Code of medical and sanitary regulations for the guidance of medical officers serving in the Madras Presidency - Volume II
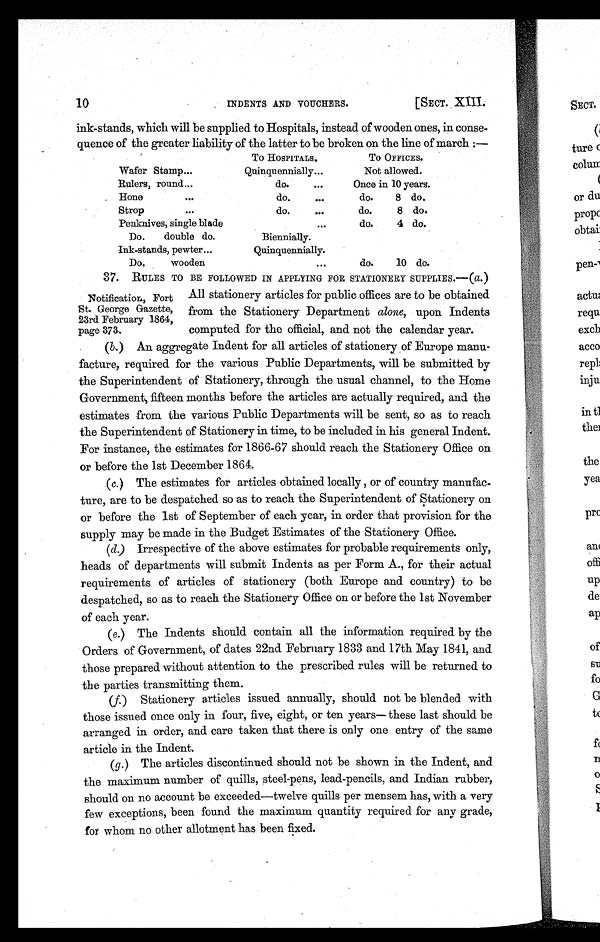
10
INDENTS AND VOUCHERS.
[SECT. XIII.
ink-stands, which will be supplied to Hospitals, instead of wooden ones, in conse-
quence of the greater liability of the latter to be broken on the line of march :—
To HOSPITALS.
To OFFICES.
Wafer Stamp...
Quinquennially...
Not allowed.
Rulers, round...
do.
, . .
Once in 10 years.
Hone
. . .
do.
. . .
do. 8 do.
Strop
...
do.
...
do.
8 do.
Penknives, single blade
...
d o 4 do.
Do. double do.
Biennially.
Ink-stands, pewter...
Quinquennially.
Do.
wooden
. . .
do.
10 do.
37. RULES TO BE FOLLOWED IN APPLYING FOR STATIONERY SUPPLIES.—( a.)
All stationery articles for public offices are to be obtained
from the Stationery Department alone, upon Indents
computed for the official, and not the calendar year.
(b.) An aggregate Indent for all articles of stationery of Europe manu-
facture, required for the various Public Departments, will be submitted by
the Superintendent of Stationery, through the usual channel, to the Home
Government, fifteen months before the articles are actually required, and the
estimates from the various Public Departments will be sent, so as to reach
the Superintendent of Stationery in time, to be included in his general Indent.
For instance, the estimates for 1866-67 should reach the Stationery Office on
or before the 1st December 1864.
(c.)The estimates for articles obtained locally , or of country manufac-
ture, are to be despatched so as to reach the Superintendent of Stationery on
or before the 1st of September of each year, in order that provision for the
supply may be made in the Budget Estimates of the Stationery Office.
(d.)Irrespective of the above estimates for probable requirements only,
heads of departments will submit Indents as per Form A., for their actual
requirements of articles of stationery (both Europe and country) to be
despatched, so as to reach the Stationery Office on or before the 1st November
of each year.
(e.)The Indents should contain all the information required by the
Orders of Government, of dates 22nd February 1833 and 17th May 1841, and
those prepared without attention to the prescribed rules will be returned to
the parties transmitting them.
(f.)Stationery articles issued annually, should not be blended with
those issued once only in four, five, eight, or ten years— these last should be
arranged in order, and care taken that there is only one entry of the same
article in the Indent.
(g.)The articles discontinued should not be shown in the Indent, and
the maximum number of quills, steel-pens, lead-pencils, and Indian rubber,
should on no account be exceeded—twelve quills per mensem has, with a very
few exceptions, been found the maximum quantity required for any grade,
for whom no other allotment has been fixed.
Notification, Fort
S t . G e o r g e G a z e t t e ,
2 3 r d F e b r u a r y 1 8 6 4 ,
page 373.